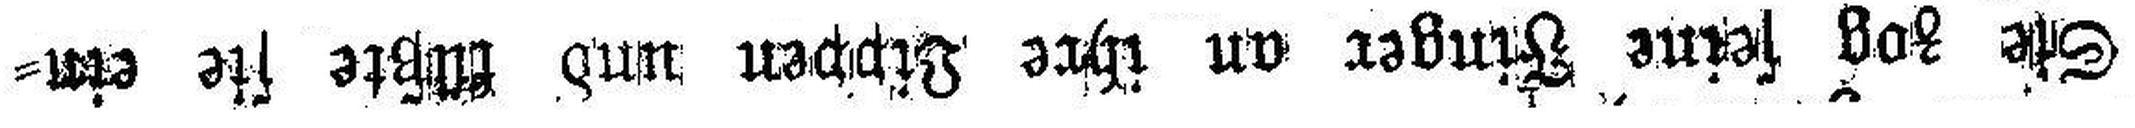
Sie zog seine Finger an ihre Lippen und küßte sie ein¬